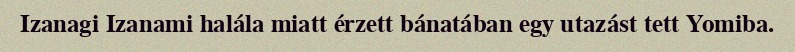
Izanagi Izanami halála miatt érzett bánatában egy utazást tett Yomiba.